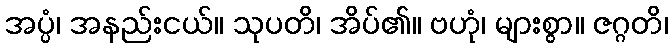
အပ္ပံ၊ အနည်းငယ်။ သုပတိ၊ အိပ်၏။ ဗဟုံ၊ များစွာ။ ဇဂ္ဂတိ၊